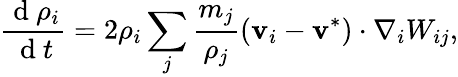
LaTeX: \frac{\mathrm{~d~}\rho_{i}}{\mathrm{~d~}t}=2\rho_{i}\sum_{j}\frac{m_{j}}{\rho_{j}}(\mathbf{v}_{i}-\mathbf{v}^{*})\cdot\nabla_{i}W_{ij},